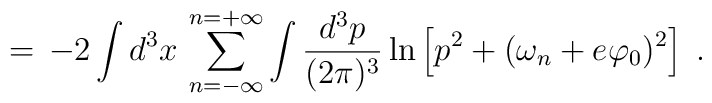
=\,-2 \int d^3x\, \sum_{n=-\infty}^{n=+\infty}\int \frac{d^3p}{(2\pi)^3}\ln \left[p^2 + (\omega_n + e \varphi_0)^2\right] \;.